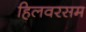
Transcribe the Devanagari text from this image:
हिलवरसम